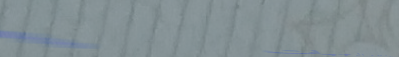
توصيل البقالة و الوجبات ا